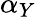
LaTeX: \alpha_{Y}